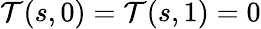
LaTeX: {\cal T}(s,0)={\cal T}(s,1)=0